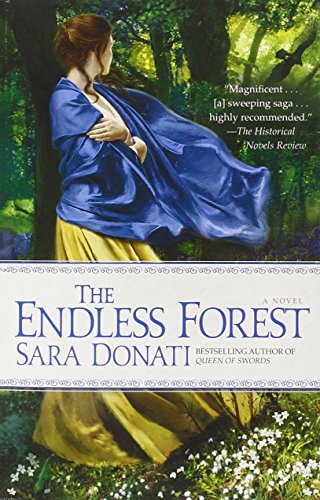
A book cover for The Endless Forest: A Novel; Sara Donati; Romance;